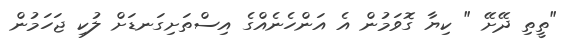
"ތީތި ދޭށޭ " ކިޔާ ގޮވަމުން އެ އަންހެނެއްގެ އިސްތަށިގަނޑަށް ލުކި ޖަހަމުން